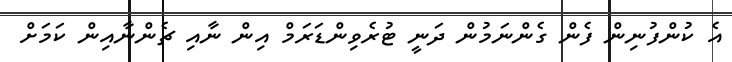
އެ ކުންފުނިން ފެން ގެންނަމުން ދަނީ ޓުރެވިންޑަރަމް އިން ނާއި ޗެންނާއިން ކަމަށް